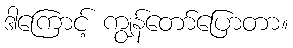
ဒါကြောင့် ကျွန်တော်ပြောတာ။